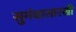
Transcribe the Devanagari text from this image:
सुगंधासारखी